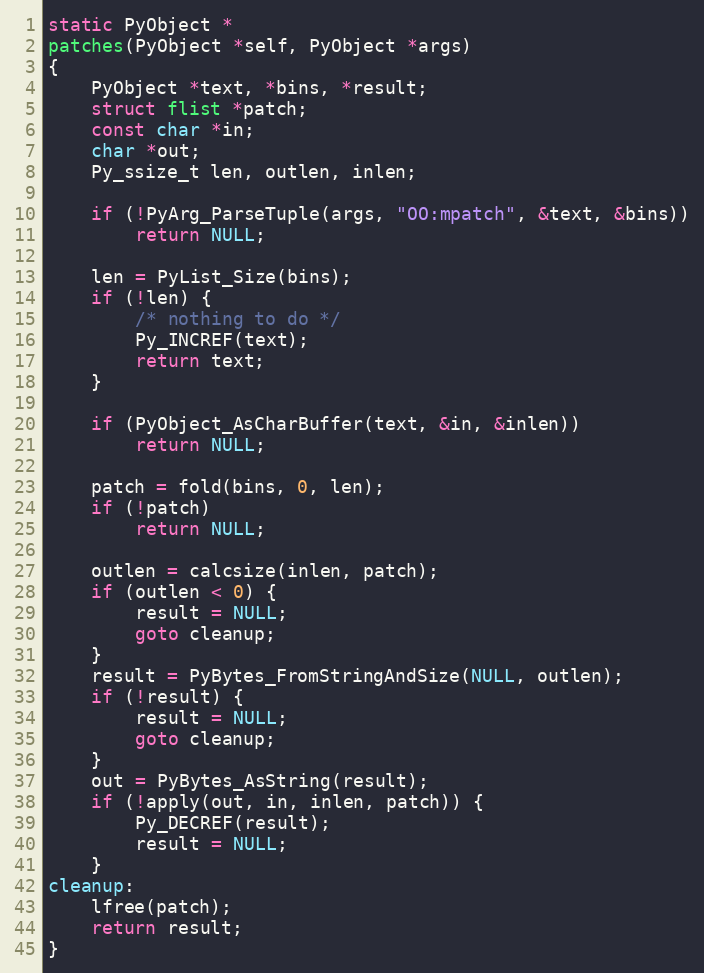
Language: C
static PyObject *
patches(PyObject *self, PyObject *args)
{
	PyObject *text, *bins, *result;
	struct flist *patch;
	const char *in;
	char *out;
	Py_ssize_t len, outlen, inlen;

	if (!PyArg_ParseTuple(args, "OO:mpatch", &text, &bins))
		return NULL;

	len = PyList_Size(bins);
	if (!len) {
		/* nothing to do */
		Py_INCREF(text);
		return text;
	}

	if (PyObject_AsCharBuffer(text, &in, &inlen))
		return NULL;

	patch = fold(bins, 0, len);
	if (!patch)
		return NULL;

	outlen = calcsize(inlen, patch);
	if (outlen < 0) {
		result = NULL;
		goto cleanup;
	}
	result = PyBytes_FromStringAndSize(NULL, outlen);
	if (!result) {
		result = NULL;
		goto cleanup;
	}
	out = PyBytes_AsString(result);
	if (!apply(out, in, inlen, patch)) {
		Py_DECREF(result);
		result = NULL;
	}
cleanup:
	lfree(patch);
	return result;
}